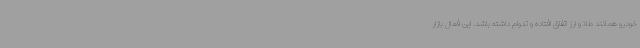
خودرو همانند طلا و ارز اتفاق افتاده و تدوام داشته باشد. این فعال بازار